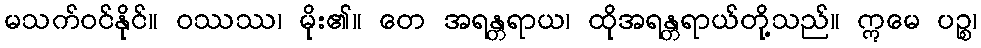
မသက်ဝင်နိုင်။ ဝဿဿ၊ မိုး၏။ တေ အရန္တရာယ၊ ထိုအရန္တရာယ်တို့သည်။ ဣမေ ပဉ္စ၊